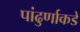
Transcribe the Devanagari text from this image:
पांढुर्णाकडे